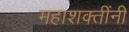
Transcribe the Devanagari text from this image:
महाशक्तींनी